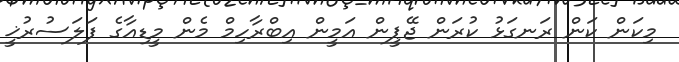
މިކަން ކަން ރަނގަޅު ކުރަން ޖޭޕީން އަމީން އިބްރާހިމް މެން މީޑިއާގެ ފަލަސުރުޚީ